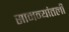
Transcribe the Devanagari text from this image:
सामन्यांतली